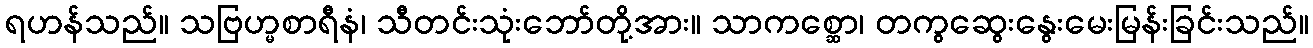
ရဟန်သည်။ သဗြဟ္မစာရီနံ၊ သီတင်းသုံးဘော်တို့အား။ သာကစ္ဆော၊ တကွဆွေးနွေးမေးမြန်းခြင်းသည်။